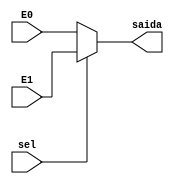
module MUX2_1(input [7:0] E0, E1, 
				  input sel, 
              output [7:0] saida);
 
	assign saida = (sel) ? E1 : E0; 
endmodule